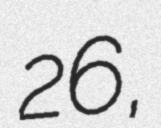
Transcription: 26,